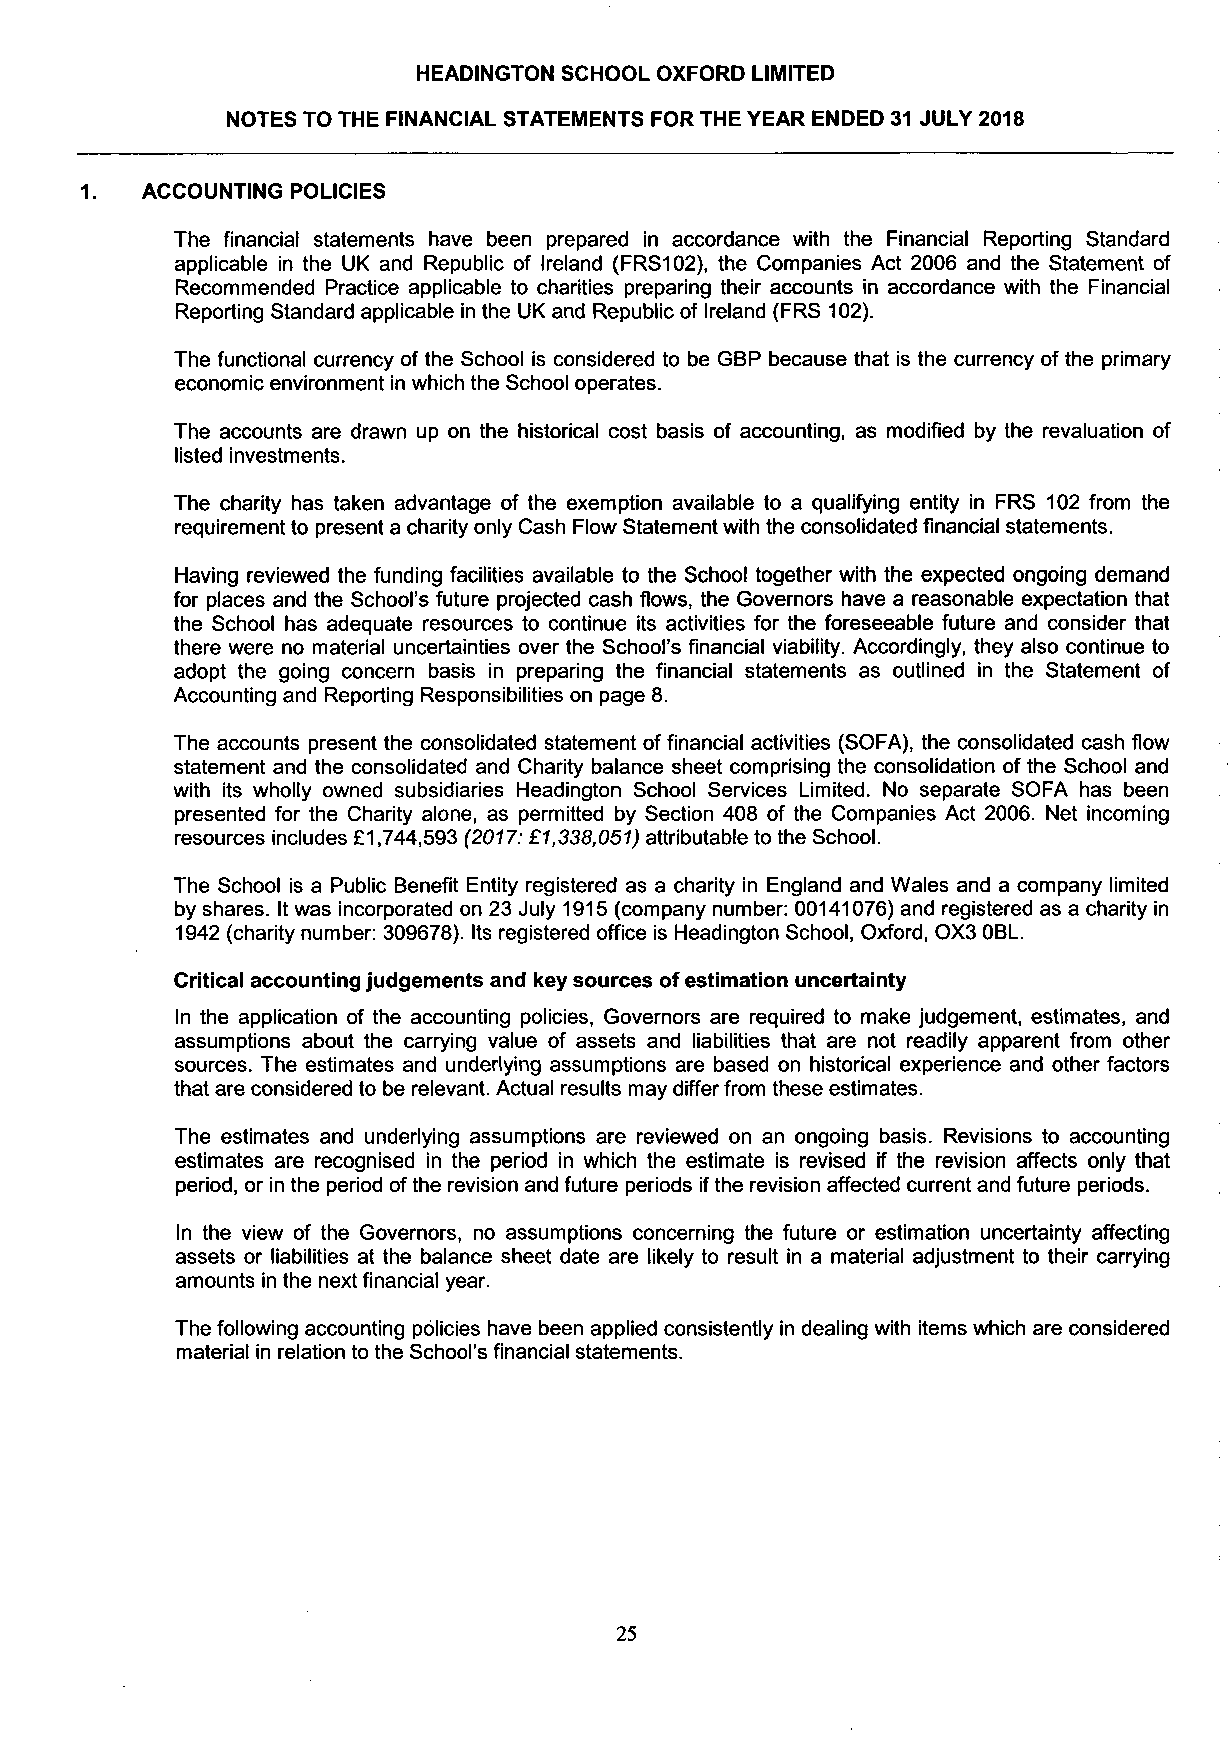
HEADINGTON SCHOOL OXFORD LIMITED
 NOTES TO THE FINANCIAL STATEMENTS FOR THE YEAR ENDED 31 JULY 2018
 1.  ACCOUNTING POLICIES
 The financial statements have been prepared in accordance with the Financial Reporting Standard
 applicable in the UK and Republic of Ireland (FRS102), the Companies Act 2006 and the Statement of
 Recommended Practice applicable to charities preparing their accounts in accordance with the Financial
 Reporting Standard applicable in the UK and Republic of Ireland (FRS 102).
 The functional currency of the School is considered to be GBP because that is the currency of the primary
 economic environment in which the School operates.
 The accounts are drawn up on the historical cost basis of accounting, as modified by the revaluation of
 listed investments.
 The charity has taken advantage of the exemption available to a qualifying entity in FRS 102 from the
 requirement to present a charity only Cash Flow Statement with the consolidated financial statements.
 Having reviewed the funding facilities available to the School together with the expected ongoing demand
 for places and the School's future projected cash flows, the Governors have a reasonable expectation that
 the School has adequate resources to continue its activities for the foreseeable future and consider that
 there were no material uncertainties over the School's financial viability. Accordingly, they also continue to
 adopt the going concern basis in preparing the financial statements as outlined in the Statement of
 Accounting and Reporting Responsibilities on page 8.
 The accounts present the consolidated statement of financial activities (SOFA), the consolidated cash flow
 statement and the consolidated and Charity balance sheet comprising the consolidation of the School and
 with its wholly owned subsidiaries Headington School Services Limited. No separate SOFA has been
 presented for the Charity alone, as permitted by Section 408 of the Companies Act 2006. Net incoming
 resources includes £1,744,593 (2017: £1,338,051) attributable to the School.
 The School is a Public Benefit Entity registered as a charity in England and Wales and a company limited
 by shares. It was incorporated on 23 July 1915 (company number: 00141076) and registered as a charity in
 1942 (charity number: 309678). Its registered office is Headington School, Oxford, OX3 OBL.
 Critical accounting judgements and key sources of estimation uncertainty
 In the application of the accounting policies, Governors are required to make judgement, estimates, and
 assumptions about the carrying value of assets and liabilities that are not readily apparent from other
 sources. The estimates and underlying assumptions are based on historical experience and other factors
 that are considered to be relevant. Actual results may differ from these estimates.
 The estimates and underlying assumptions are reviewed on an ongoing basis. Revisions to accounting
 estimates are recognised in the period in which the estimate is revised if the revision affects only that
 period, or in the period of the revision and future periods if the revision affected current and future periods.
 In the view of the Governors, no assumptions concerning the future or estimation uncertainty affecting
 assets or liabilities at the balance sheet date are likely to result in a material adjustment to their carrying
 amounts in the next financial year.
 The following accounting policies have been applied consistently in dealing with items which are considered
 material in relation to the School's financial statements.
 25